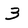
Character: 3